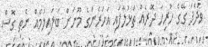
ވަދެފަ ގޭގެ ހުރިހާ ދޮރެއް ތަޅުލާފައި އަހަރެންގެ މޫނަށް ބަލައިލުމެއް ނެތި ގޮސް